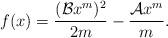
LaTeX: \begin{align*} f(x)=\frac{(\mathcal{B}x^m)^2}{2m}-\frac{\mathcal{A}x^m}{m}.\end{align*}